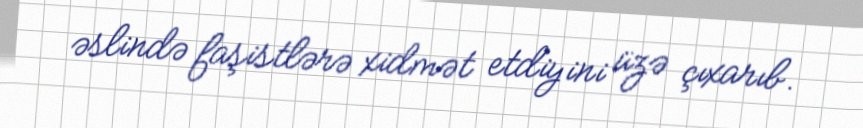
əslində faşistlərə xidmət etdiyini üzə çıxarıb.